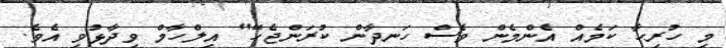
މި ހުރިހާ ކަމެއް އެންމެން ވެސް ހަނދާން ކުރަންޖެހޭ" އިލްހާމް ވިދާޅުވި އެވެ.